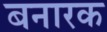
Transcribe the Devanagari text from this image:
बनारक